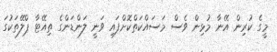
މީގެ ކުރިން އޭނާ މުޅިން ވެސް މަސައްކަތްކޮށްފައި ވަނީ ލަންޑަންގެ ތިއޭޓާ ޕްލޭތަކުގަ